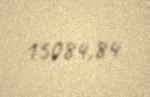
15084,84